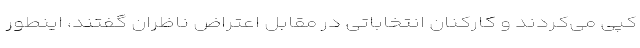
کپی می‌کردند و کارکنان انتخاباتی در مقابل اعتراض ناظران گفتند، اینطور